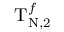
\mathrm { T } _ { \mathrm { N } , 2 } ^ { f }